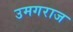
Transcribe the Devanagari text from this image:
उमगराज